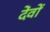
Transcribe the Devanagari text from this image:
देंवों